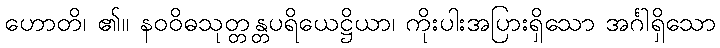
ဟောတိ၊ ၏။ နဝဝိဓသုတ္တန္တပရိယေဋ္ဌိယာ၊ ကိုးပါးအပြားရှိသော အင်္ဂါရှိသော